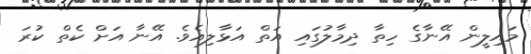
މައިލީން އޭނާގެ ހިތާ ދިމާލުގައި އަތް އަޅާލިއެވެ. އޭނާ އަށް ކެތް ކުރަ